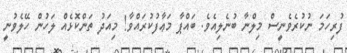
ފުރިހަމަ ނުކުރެވެނީސް މިލްނާ ބުނެލިއެވެ. ބައްޕާ މަޢާފުކުރައްވާ! މިއަދު ތަންކޮޅެއް ލަހުން ހޭލެވުނީ